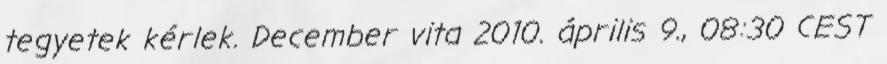
tegyetek kérlek. December vita 2010. április 9., 08:30 CEST